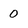
Character: 0